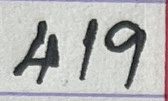
419